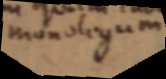
monologum